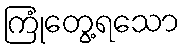
ကြုံတွေ့ရသော